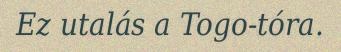
Ez utalás a Togo-tóra.